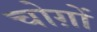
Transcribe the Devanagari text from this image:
चोग़ों